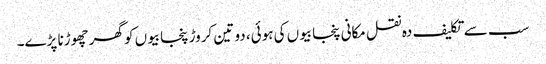
سب سے تکلیف دہ نقل مکانی پنجابیوں کی ہوئی، دو تین کروڑ پنجابیوں کو گھر چھوڑنا پڑے۔